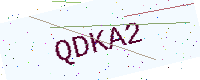
Text: QDKA2